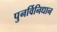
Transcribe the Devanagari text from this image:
पुनर्विनिधान